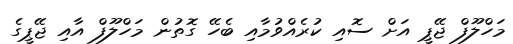
މަހްލޫފް ޖޭޕީ އަށް ސޮއި ކުރެއްވުމާއި ބެހޭ ގޮތުން މަހްލޫފް އާއި ޖޭޕީގެ